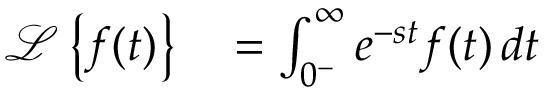
\begin{array} { r l } { { \mathcal { L } } \left\{ f ( t ) \right\} } & { { } = \int _ { 0 ^ { - } } ^ { \infty } e ^ { - s t } f ( t ) \, d t } \end{array}